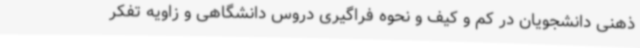
ذهنی دانشجویان در کم و کیف و نحوه فراگیری دروس دانشگاهی و زاویه تفکر